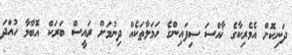
ދަނިކޮށް އެމެރިކާގެ ޚާއްސަ ސިފައިންގެ ހަމަލާތަކެއް ދިނުމަށް ރައީސް ބަރަކް އޮބާމާ ހުއްދަ